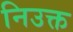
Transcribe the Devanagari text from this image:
निउक्त